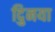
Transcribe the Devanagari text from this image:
दुिनया